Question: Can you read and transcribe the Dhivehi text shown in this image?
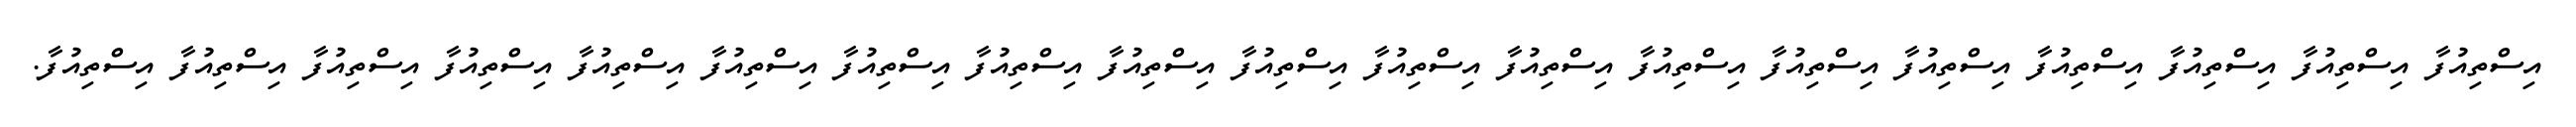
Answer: އިސްތިއުފާ އިސްތިއުފާ އިސްތިއުފާ އިސްތިއުފާ އިސްތިއުފާ އިސްތިއުފާ އިސްތިއުފާ އިސްތިއުފާ އިސްތިއުފާ އިސްތިއުފާ އިސްތިއުފާ އިސްތިއުފާ އިސްތިއުފާ އިސްތިއުފާ އިސްތިއުފާ އިސްތިއުފާ އިސްތިއުފާ އިސްތިއުފާ އިސްތިއުފާ.